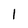
Character: 1